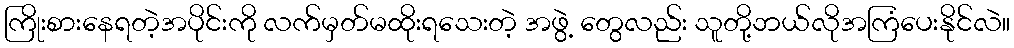
ကြိုးစားနေရတဲ့အပိုင်းကို လက်မှတ်မထိုးရသေးတဲ့ အဖွဲ့ တွေလည်း သူတို့ဘယ်လိုအကြံပေးနိုင်လဲ။